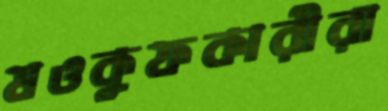
মওকুফকারীরা